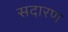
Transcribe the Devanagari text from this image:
सदारण